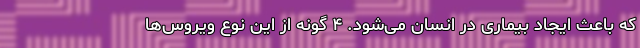
که باعث ایجاد بیماری در انسان می‌شود. ۴ گونه از این نوع ویروس‌ها